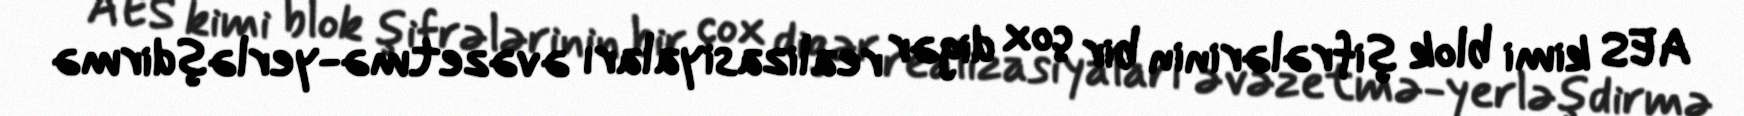
AES kimi blok şifrələrinin bir çox digər realizasiyaları əvəzetmə-yerləşdirmə